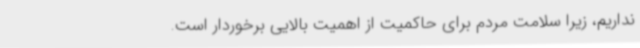
نداریم، زیرا سلامت مردم برای حاکمیت از اهمیت بالایی برخوردار است.